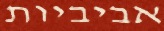
אביביות